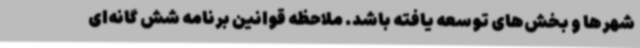
شهرها و بخش‌های توسعه یافته باشد. ملاحظه قوانین برنامه شش گانه‌ای